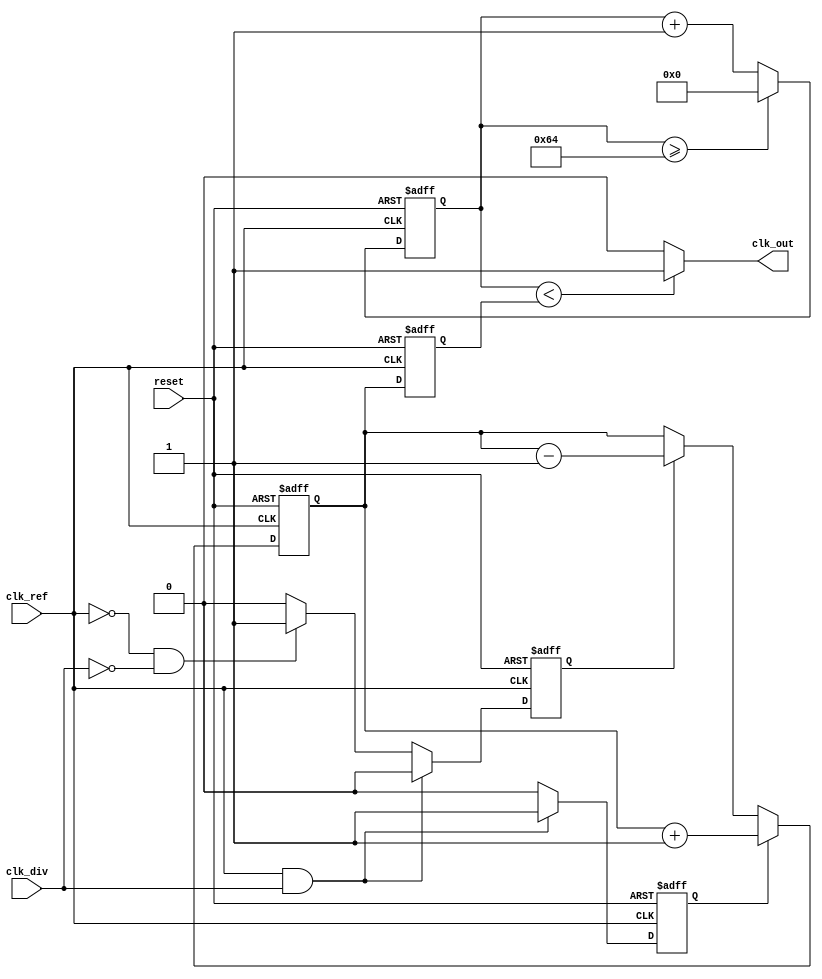
module cp_pll (
    input wire clk_ref,   // Reference clock
    input wire clk_div,   // Divided clock from VCO
    input wire reset,     // Asynchronous reset
    output wire clk_out    // Output clock from the VCO
);

parameter COUNTER_WIDTH = 4;  // Width for divider counter
parameter VCO_MAX_FREQ = 100;  // Max VCO frequency (for simulation)
// State definitions
reg up, down; // Outputs from phase frequency detector
reg [COUNTER_WIDTH-1:0] divider; // Divider Counter
reg [7:0] charge_pump_voltage; // Simulated control voltage for VCO
reg [7:0] filtered_voltage; // Filtered output voltage for VCO

// Phase Frequency Detector (PFD) Logic
always @(posedge clk_ref or posedge reset) begin
    if (reset) begin
        up <= 0;
        down <= 0;
    end else if (clk_ref && clk_div) begin
        up <= 1; // Increment when clk_ref leads
        down <= 0;
    end else if (!clk_ref && !clk_div) begin
        up <= 0;
        down <= 1; // Decrement when clk_div leads
    end else begin
        up <= 0;
        down <= 0;
    end
end

// Charge Pump Logic
always @(posedge clk_ref or posedge reset) begin
    if (reset) 
        charge_pump_voltage <= 8'b00000000;
    else begin
        if (up) 
            charge_pump_voltage <= charge_pump_voltage + 1;
        else if (down) 
            charge_pump_voltage <= charge_pump_voltage - 1;
    end
end

// Loop Filter Logic (Simple Integrator)
always @(posedge clk_ref or posedge reset) begin
    if (reset)
        filtered_voltage <= 8'b00000000;
    else
        filtered_voltage <= charge_pump_voltage; // Simple pass-through for demo
end

// Voltage Controlled Oscillator (VCO)
reg [7:0] vco_counter; // Simple counter to simulate VCO frequency
assign clk_out = (vco_counter < filtered_voltage) ? 1'b1 : 1'b0; // Output based on control voltage

always @(posedge clk_ref or posedge reset) begin
    if (reset) 
        vco_counter <= 0;
    else begin
        if (vco_counter >= VCO_MAX_FREQ)
            vco_counter <= 0; // Reset counter after reaching max frequency
        else 
            vco_counter <= vco_counter + 1; // Increment counter
    end
end

// Feedback Divider Logic
always @(posedge clk_out or posedge reset) begin
    if (reset)
        divider <= 0;
    else
        divider <= divider + 1; // Increment feedback divider
end

endmodule